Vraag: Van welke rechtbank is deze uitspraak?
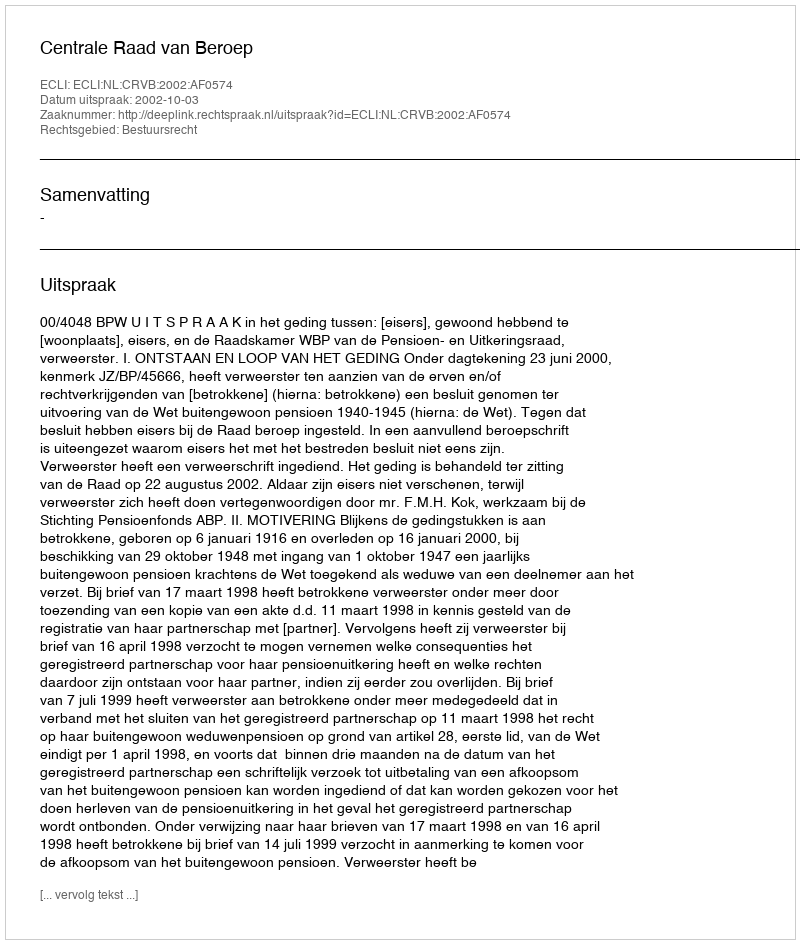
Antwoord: Centrale Raad van Beroep